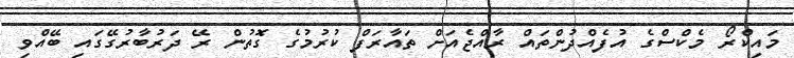
މައިކްރޯ މެކްސްގެ އުފެއްދުންތައް ރާއްޖެއަށް ތައާރަފް ކުރުމުގެ ގޮތުން ރޭ ދަރުބާރުގޭގައި ބޭއްވި